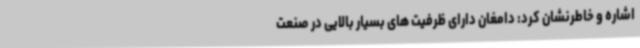
اشاره و خاطرنشان کرد: دامغان دارای ظرفیت های بسیار بالایی در صنعت